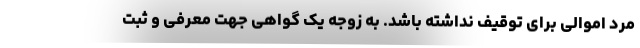
مرد اموالی برای توقیف نداشته باشد. به زوجه یک گواهی جهت معرفی و ثبت